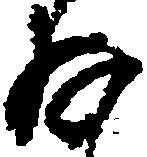
存